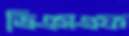
ভিএসএফ